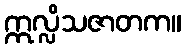
ဣလ္လိသဇာတက။